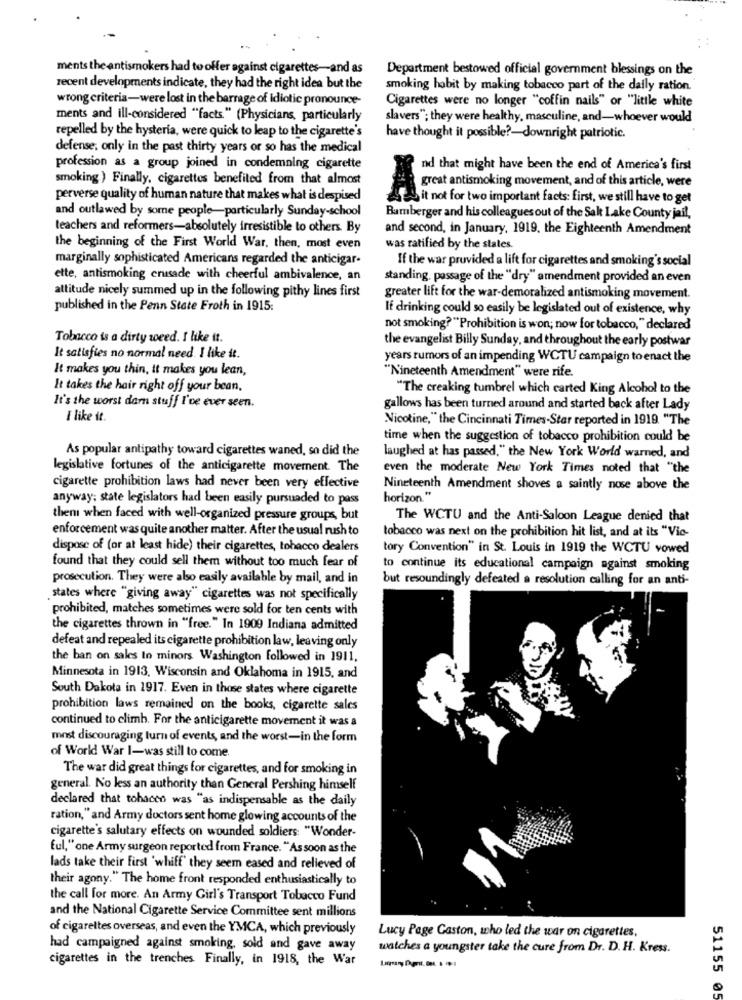
ments the antismokers had to offer against cigarettes-and as
Department bestowed official government blessings on the
recent developments indicate, they had the right idea but the
smoking habit by making tobacco part of the daily ration.
wrong criteria-were lost in the barrage of idiotic pronounce-
Cigarettes were no longer "coffin nails" or "little white
ments and ill-considered "facts" (Physicians, particularly
slavers"; they were healthy, masculine, and-whoever would
repelled by the hysteria, were quick to leap to the cigarette's
have thought it possible ?- downright patriotic.
defense, only in the past thirty years or so has the medical
profession as a group joined in condemning cigarette
nd that might have been the end of America's first
smoking ) Finally, cigarettes benefited from that almost
great antismoking movement, and of this article, were
perverse quality of human nature that makes what is despised
LES it not for two important facts: first, we still have to get
and outlawed by some people-particularly Sunday-school
Bamberger and his colleagues out of the Salt Lake County jail,
teachers and reformers-absolutely irresistible to others. By
and second, in January, 1919, the Eighteenth Amendment
the beginning of the First World War, then, most even
was ratified by the states.
marginally sophisticated Americans regarded the anticigar-
If the war provided a lift for cigarettes and smoking's social
ette, antismoking crusade with cheerful ambivalence, an
standing, passage of the "dry" amendment provided an even
attitude nicely summed up in the following pithy lines first
greater lift for the war-demoralized antismoking movement.
published in the Penn State Froth in 1915:
If drinking could so easily be legislated out of existence, why
not smoking? "Prohibition is won; now for tobacco," declared
Tobacco is a dirty weed. I like it.
the evangelist Billy Sunday, and throughout the early postwar
It satisfies no normal need. I like it.
years rumors of an impending WCTU campaign to enact the
It makes you thin, it makes you lean,
"Nineteenth Amendment" were rife.
It takes the hair right off your bean,
"The creaking tumbrel which carted King Alcohol to the
It's the worst damn stuff I've ever seen.
gallows has been turned around and started back after Lady
I like it
Nicotine," the Cincinnati Times-Star reported in 1919. "The
time when the suggestion of tobacco prohibition could be
As popular antipathy toward cigarettes waned, so did the
laughed at has passed," the New York World warned, and
legislative fortunes of the anticigarette movernent. The
even the moderate New York Times noted that "the
cigarette prohibition laws had never been very effective
Nineteenth Amendment shoves a saintly nose above the
anyway; state legislators had been easily pursuaded to pass
horizon."
then when faced with well-organized pressure groups, but
The WCTU and the Anti-Saloon League denied that
enforcement was quite another matter. After the usual rush to
tobacco was next on the prohibition hit list, and at its "Vic-
dispose of (or at least hide) their cigarettes, tobacco dealers
tory Convention" in St. Louis in 1919 the WCTU vowed
found that they could sell them without too much fear of
to continue its educational campaign against smoking
prosecution. They were also easily available by mail, and in
but resoundingly defeated a resolution calling for an anti-
states where "giving away" cigarettes was not specifically
prohibited, matches sometimes were sold for ten cents with
the cigarettes thrown in "free." In 1909 Indiana admitted
defeat and repealed its cigarette prohibition law, leaving only
the ban on sales to minors Washington followed in 1911.
Minnesota in 1913, Wisconsin and Oklahoma in 1915, and
South Dakota in 1917. Even in those states where cigarette
prohibition laws remained on the books, cigarette sales
continued to climb. For the anticigarette movement it was a
most discouraging turn of events, and the worst-in the form
of World War I-was still to come.
The war did great things for cigarettes, and for smoking in
general. No less an authority than General Pershing himself
declared that tohacen was "as indispensable as the daily
ration," and Army doctors sent home glowing accounts of the
cigarette's salutary effects on wounded soldiers: "Wonder-
ful," one Army surgeon reported from France. "As soon as the
lads take their first 'whiff' they seem eased and relieved of
their agony." The home front responded enthusiastically to
the call for more. An Army Girl's Transport Tobacco Fund
and the National Cigarette Service Committee sent millions
of cigarettes overseas, and even the YMCA, which previously
Lucy Page Gaston, who led the war on cigarettes,
had campaigned against smoking, sold and gave away
watches a youngster take the cure from Dr. D. H. Kress.
cigarettes in the trenches. Finally, in 1918, the War
51155 05